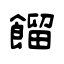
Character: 餾